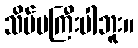
သိပ်မကြီးပါဘူး။